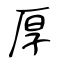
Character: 厚